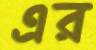
এর